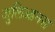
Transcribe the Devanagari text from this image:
जुलिआनस